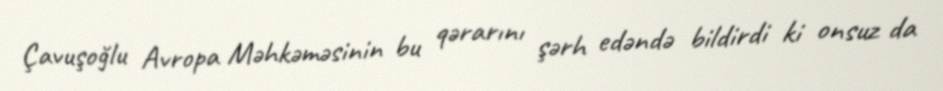
Çavuşoğlu Avropa Məhkəməsinin bu qərarını şərh edəndə bildirdi ki onsuz da